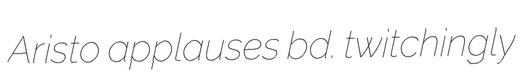
Aristo applauses bd. twitchingly